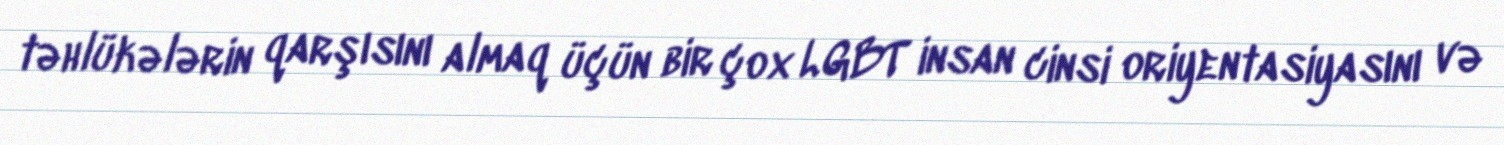
təhlükələrin qarşısını almaq üçün bir çox LGBT insan cinsi oriyentasiyasını və